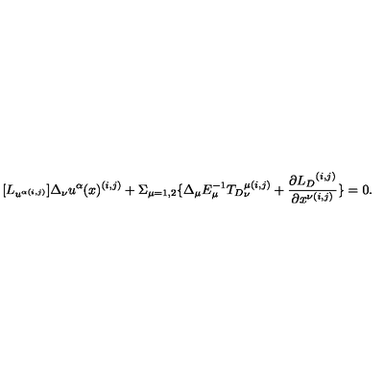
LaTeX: [ { L } _ { u ^ { \alpha ( i , j ) } } ] \Delta _ { \nu } u ^ { \alpha } ( x ) ^ { ( i , j ) } + \Sigma _ { \mu = 1 , 2 } \{ \Delta _ { \mu } E _ { \mu } ^ { - 1 } { { T } _ { D } } _ { \nu } ^ { \mu ( i , j ) } + \frac { \partial { { L } _ { D } } ^ { ( i , j ) } } { \partial x ^ { \nu ( i , j ) } } \} = 0 .